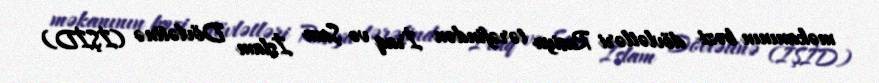
məkanının bəzi dövlətləri Rusiya tərəfindən İraq və Şam İslam Dövlətinə (İŞİD)